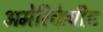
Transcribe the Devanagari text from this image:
अमेरिकेचीच